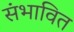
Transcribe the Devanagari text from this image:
संभावित